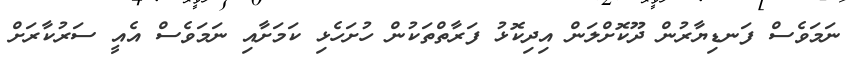
ނަމަވެސް ފަނޑިޔާރުން ދޫކޮށްލަން އިދިކޮޅު ފަރާތްތަކުން ހުށަހެޅި ކަމަށާއި ނަމަވެސް އެއީ ސަރުކާރަށް